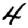
Digit: 4